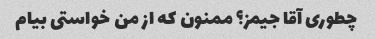
چطوری آقا جیمز؟ ممنون که از من خواستی بیام